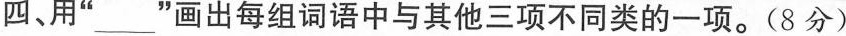
四、用”___”画出每组词语中与其他三项不同类的一项。(8分)